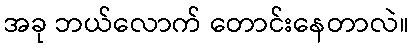
အခု ဘယ်လောက် တောင်းနေတာလဲ။